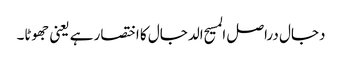
دجال دراصل المسیح الدجال کا اختصار ہے یعنی جھوٹا۔